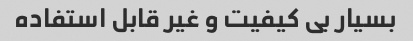
بسیار بی کیفیت و غیر قابل استفاده